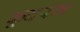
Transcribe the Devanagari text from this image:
कूदरम